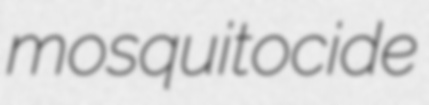
mosquitocide